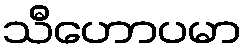
သီဟောပမာ